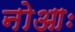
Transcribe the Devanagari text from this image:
नोआः